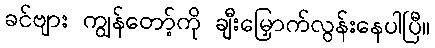
ခင်ဗျား ကျွန်တော့်ကို ချီးမြှောက်လွန်းနေပါပြီ။